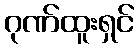
ဂုဏ်ထူးရှင်